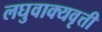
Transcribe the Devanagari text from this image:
लघुवाक्यवृत्ती